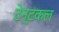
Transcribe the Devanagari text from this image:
टेन्टकल